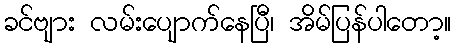
ခင်ဗျား လမ်းပျောက်နေပြီ၊ အိမ်ပြန်ပါတော့။